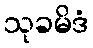
သုခမိဒံ